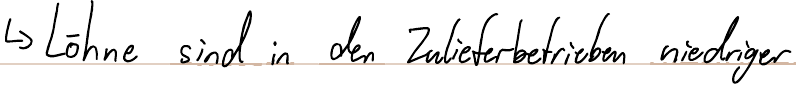
-> Löhne sind in den Zulieferbetrieben niedriger